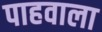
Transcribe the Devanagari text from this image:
पाहवाला